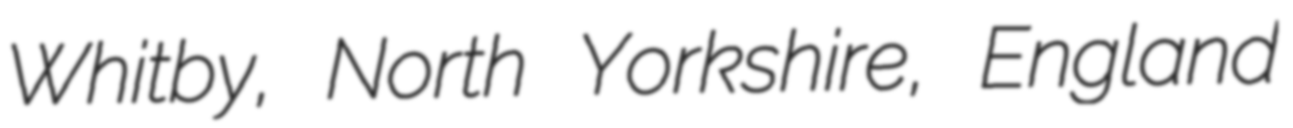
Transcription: Whitby, North Yorkshire, England